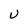
Character: U